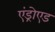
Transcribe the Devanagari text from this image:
एंड्रोएड